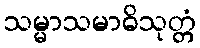
သမ္မာသမာဓိသုတ္တံ